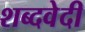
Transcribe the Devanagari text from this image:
शब्दवेदी